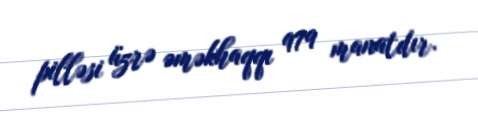
pilləsi üzrə əməkhaqqı 979 manatdır.